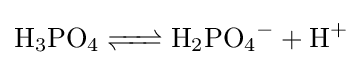
{\ce {H3PO4 <=> H2PO4- + H+}}